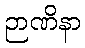
ဉာဏိနာ